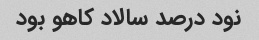
نود درصد سالاد کاهو بود